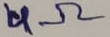
Text: 4Ω